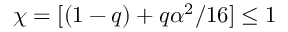
\chi = [ ( 1 - q ) + q \alpha ^ { 2 } / 1 6 ] \leq 1